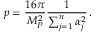
p = \frac { 1 6 \pi } { M _ { P } ^ { 2 } } \frac { 1 } { \sum _ { j = 1 } ^ { n } \alpha _ { j } ^ { 2 } } \, .